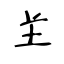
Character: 𦍌